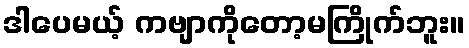
ဒါပေမယ့် ကဗျာကိုတော့မကြိုက်ဘူး။